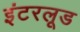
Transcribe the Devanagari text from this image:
इंटरलूड